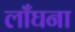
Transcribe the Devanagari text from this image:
लाँघना